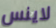
لاينس